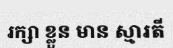
រក្សា ខ្លួន មាន ស្មារតី